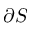
\partial \cal S